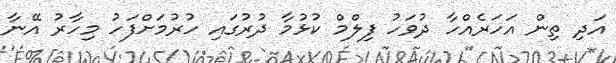
އަދި ތިން އަހަރެއްހާ ދުވަހު ފިލްމް ކުޅުމާ ދުރުގައި ހުރުމަށްފަހު މިހާރު އޭނާ